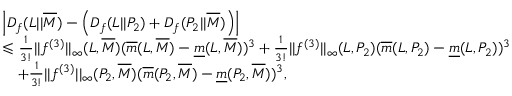
\begin{array} { r l } & { \left| D _ { f } ( L | | \overline { { M } } ) - \left( D _ { f } ( L | | P _ { 2 } ) + D _ { f } ( P _ { 2 } | | \overline { { M } } ) \right) \right| } \\ & { \leqslant \frac { 1 } { 3 ! } | | f ^ { ( 3 ) } | | _ { \infty } ( L , \overline { { M } } ) ( \overline { { m } } ( L , \overline { { M } } ) - \underline { { m } } ( L , \overline { { M } } ) ) ^ { 3 } + \frac { 1 } { 3 ! } | | f ^ { ( 3 ) } | | _ { \infty } ( L , P _ { 2 } ) ( \overline { { m } } ( L , P _ { 2 } ) - \underline { { m } } ( L , P _ { 2 } ) ) ^ { 3 } } \\ & { \quad + \frac { 1 } { 3 ! } | | f ^ { ( 3 ) } | | _ { \infty } ( P _ { 2 } , \overline { { M } } ) ( \overline { { m } } ( P _ { 2 } , \overline { { M } } ) - \underline { { m } } ( P _ { 2 } , \overline { { M } } ) ) ^ { 3 } , } \end{array}